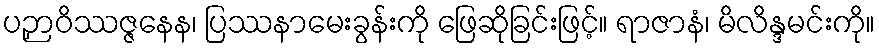
ပဉှာဝိဿဇ္ဇနေန၊ ပြဿနာမေးခွန်းကို ဖြေဆိုခြင်းဖြင့်။ ရာဇာနံ၊ မိလိန္ဒမင်းကို။